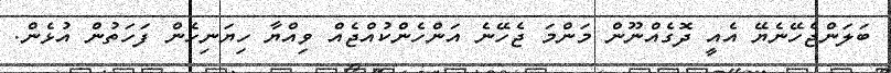
ބަލަންޖެހޭނެޔޭ އެއީ ދޮގެއްނޫން މަންމަ ޖެހޭނެ އަންހެންކުއްޖެއް ވިއްޔާ ހިޔަނިހެން ފަހަތުން އުޅެން.